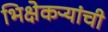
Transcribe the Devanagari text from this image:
भिक्षेकऱ्यांची